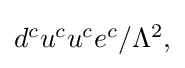
{\textstyle d^{c}u^{c}u^{c}e^{c}/\Lambda ^{2},}